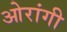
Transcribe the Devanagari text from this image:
ओरांगी